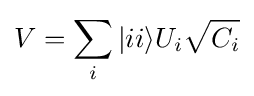
V=\sum _{i}\vert ii\rangle U_{i}{\sqrt {C_{i}}}